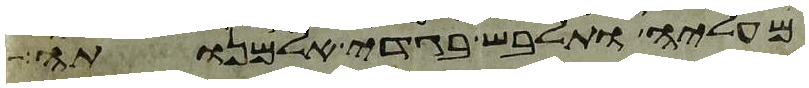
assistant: מעליה ותלבש בגדי אלמנותה